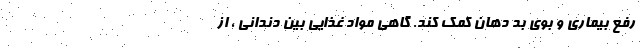
رفع بیماری و بوی بد دهان کمک کند. گاهی مواد غذایی بین دندانی ، از